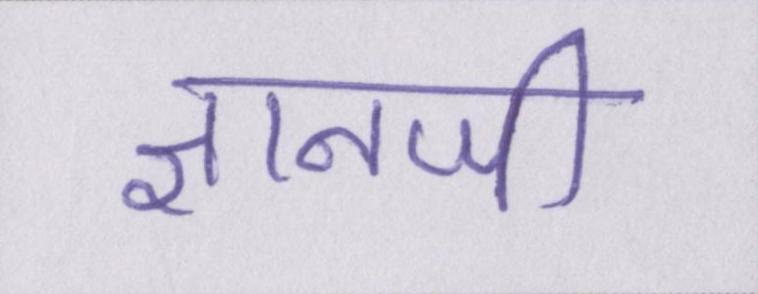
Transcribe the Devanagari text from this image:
ज्ञानजी